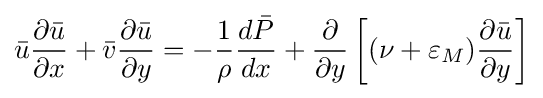
{\bar {u}}{\frac {\partial {\bar {u}}}{\partial x}}+{\bar {v}}{\frac {\partial {\bar {u}}}{\partial y}}=-{\frac {1}{\rho }}{\frac {d{\bar {P}}}{dx}}+{\frac {\partial }{\partial y}}\left[(\nu +\varepsilon _{M}){\frac {\partial {\bar {u}}}{\partial y}}\right]